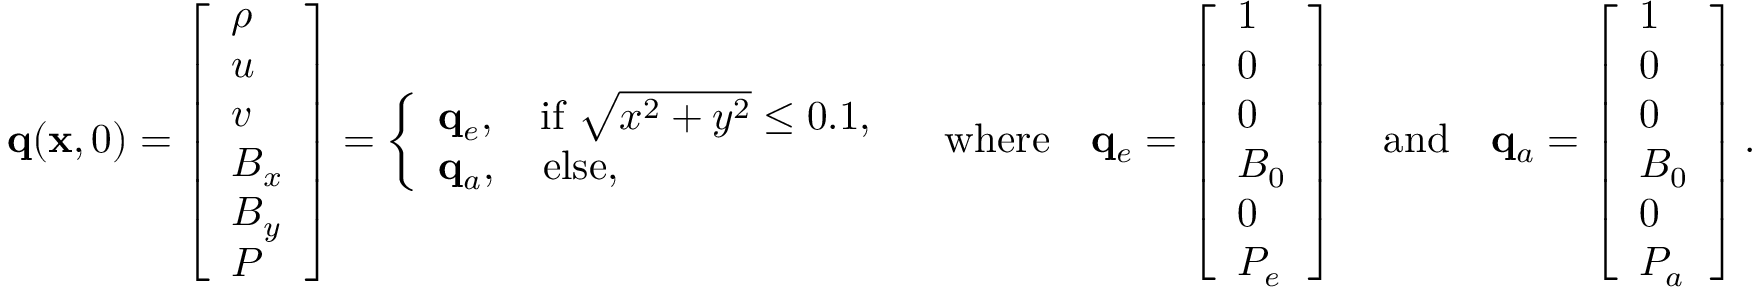
\mathbf { q } ( \mathbf { x } , 0 ) = \left[ \begin{array} { l } { \rho } \\ { u } \\ { v } \\ { B _ { x } } \\ { B _ { y } } \\ { P } \end{array} \right] = \left\{ \begin{array} { l l } { \mathbf { q } _ { e } , \quad \mathrm { i f } \ \sqrt { x ^ { 2 } + y ^ { 2 } } \leq 0 . 1 , } \\ { \mathbf { q } _ { a } , \quad \mathrm { e l s e } , } \end{array} \right. \quad \mathrm { w h e r e } \quad \mathbf { q } _ { e } = \left[ \begin{array} { l } { 1 } \\ { 0 } \\ { 0 } \\ { B _ { 0 } } \\ { 0 } \\ { P _ { e } } \end{array} \right] \quad \mathrm { a n d } \quad \mathbf { q } _ { a } = \left[ \begin{array} { l } { 1 } \\ { 0 } \\ { 0 } \\ { B _ { 0 } } \\ { 0 } \\ { P _ { a } } \end{array} \right] .